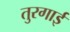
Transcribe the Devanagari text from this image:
तुरगाई